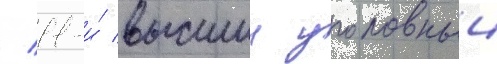
/ 11-и́ высшии уголовныи